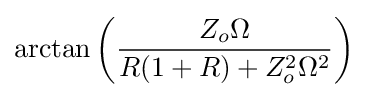
\arctan {\left({\frac {Z_{o}\Omega }{R(1+R)+Z_{o}^{2}\Omega ^{2}}}\right)}